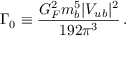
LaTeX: \Gamma _ { 0 } \equiv \frac { G _ { F } ^ { 2 } m _ { b } ^ { 5 } | V _ { u b } | ^ { 2 } } { 1 9 2 \pi ^ { 3 } } \, .